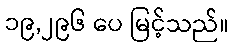
၁၉,၂၉၆ ပေ မြင့်သည်။